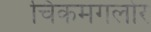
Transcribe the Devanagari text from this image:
चिकमगलोर